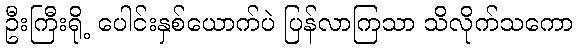
ဦးကြီးရို့ ပေါင်းနှစ်ယောက်ပဲ ပြန်လာကြသာ သိလိုက်သကော